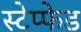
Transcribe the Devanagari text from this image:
स्टेप्फेड